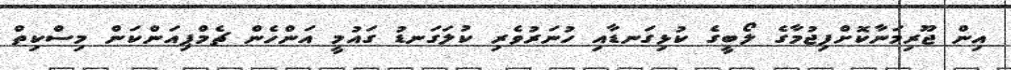
އިން ޖޫރިމަނާކޮށްފިޖުމާގެ ލޯބީގެ ކުޅިގަނޑާއި ހުނަރުވެރި ކުލަގަނޑު ގައުމީ އަންހެން ޗެމްޕިއަންކަން މިސްކިތް